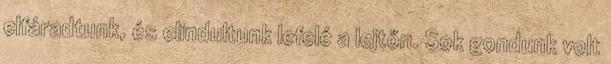
elfáradtunk, és elindultunk lefelé a lejtőn. Sok gondunk volt